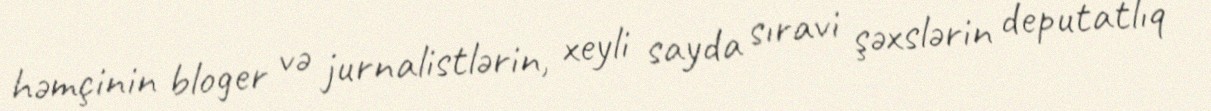
həmçinin bloger və jurnalistlərin, xeyli sayda sıravi şəxslərin deputatlıq